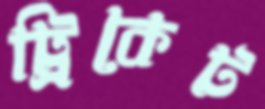
ট্রিকেট